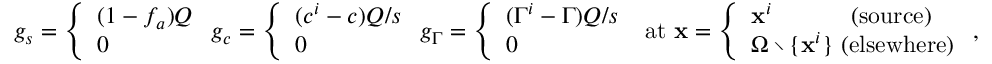
\begin{array} { r } { g _ { s } = \left\{ \begin{array} { l l } { ( 1 - f _ { a } ) Q } \\ { 0 } \end{array} \right. g _ { c } = \left\{ \begin{array} { l l } { ( c ^ { i } - c ) Q / s } \\ { 0 } \end{array} \right. g _ { \Gamma } = \left\{ \begin{array} { l l } { ( \Gamma ^ { i } - \Gamma ) Q / s } \\ { 0 } \end{array} \right. \mathrm { ~ a t ~ } { \bf x } = \left\{ \begin{array} { l l } { { \bf x } ^ { i } \qquad \quad \mathrm { ~ ( s o u r c e ) } } \\ { \Omega \setminus \{ { \bf x } ^ { i } \} \mathrm { ~ ( e l s e w h e r e ) } } \end{array} \right. , } \end{array}